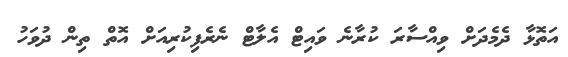
އަތޮޅާ ދެމެދަށް ވިއްސާރަ ކުރާނެ ވައިޓް އެލާޓް ނެރެފިކުރިއަށް އޮތް ތިން ދުވަހު